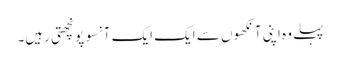
پہلے وہ اپنی آنکھوں سے ایک ایک آنسو پونچھتی رہیں۔